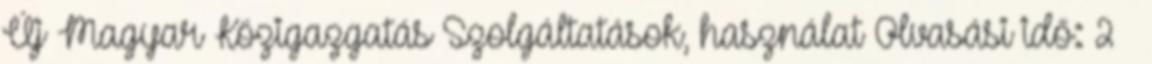
Új Magyar Közigazgatás Szolgáltatások, használat Olvasási idő: 2 –